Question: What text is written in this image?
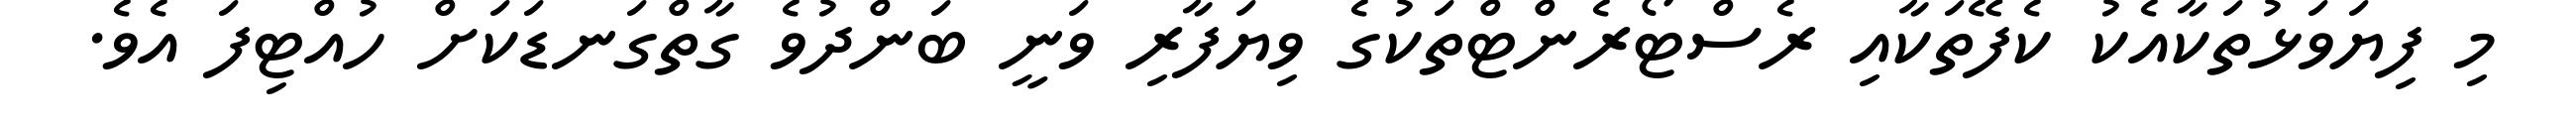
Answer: މި ފިޔަވަޅުތަކާއެކު ކެފޭތަކާއި ރެސްޓޯރެންޓްތަކުގެ ވިޔަފާރި ވަނީ ބަންދުވެ ގާތްގަނޑަކަށް ހުއްޓިފަ އެވެ.